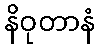
နိဝုတာနံ